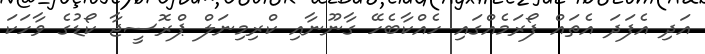
އަދި އެފަދަ އެތައް ފޯރަމެއްގައި ހެއްކާބެހޭ ގާނޫނާއި ކްރިމިނަލް ޕްރޮސީޖާ ކޯޑުގެ ވާހަކަ